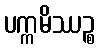
ပက္ကမိဿဉ္စ